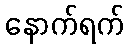
နောက်ရက်